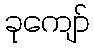
ခုကျော်